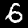
Digit: 6